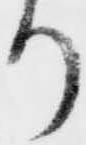
り